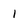
Character: 1